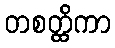
တစတ္ထိကာ